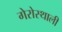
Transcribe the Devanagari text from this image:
गेरोस्थाली